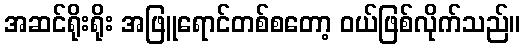
အဆင်ရိုးရိုး အဖြူရောင်တစ်စတော့ ဝယ်ဖြစ်လိုက်သည်။